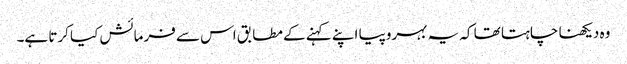
وہ دیکھنا چاہتا تھا کہ یہ بہروپیا اپنے کہنے کے مطابق اس سے فرمائش کیا کرتا ہے۔